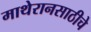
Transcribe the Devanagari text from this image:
माथेरानसाठीचे